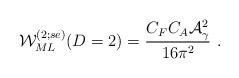
LaTeX: \begin{align*}{\cal W}^{(2;se)}_{ML}(D=2) =\frac{C_F C_A {\cal A}_{\gamma}^2} {16 {\pi}^2} \ .\end{align*}